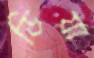
ডিয়া